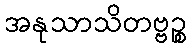
အနုသာသိတဗ္ဗဉ္စ